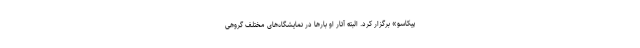
پیکاسو» برگزار کرد. البته آثار او بارها در نمایشگاه‌های مختلف گروهی